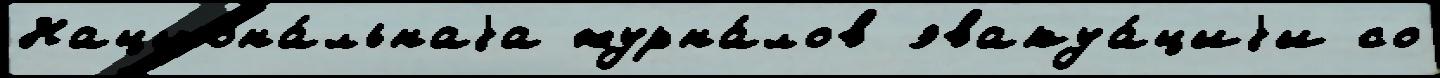
Национа́льнаjа журна́лов эвакуа́циjи со